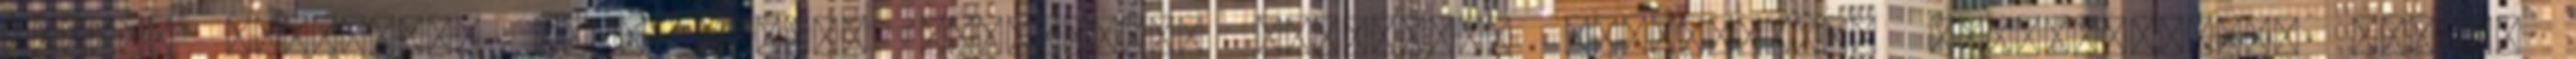
képzés moduljai. Első modul. Önbecslés, önbizalom fejlesztése Önmenedzselés Képzés